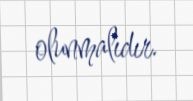
olunmalıdır.